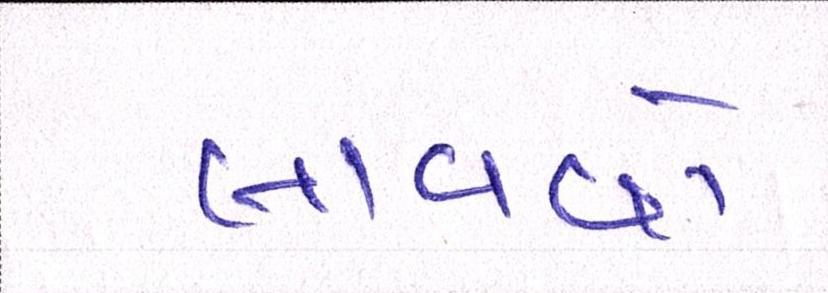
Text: લાવવો